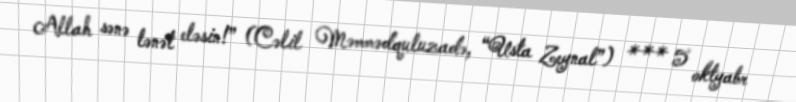
Allah sənə lənət eləsin!” (Cəlil Məmmədquluzadə, “Usta Zeynal”) *** 5 oktyabr